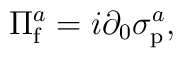
\Pi_{\rm f}^{a}= i\partial_{0}\sigma_{\rm p}^{a},